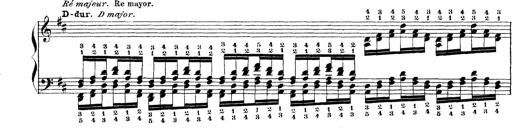
Title: Technische Studien
Composer: Franz Liszt